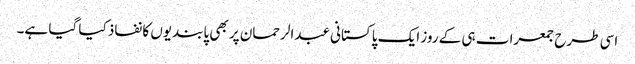
اسی طرح جمعرات ہی کے روز ایک پاکستانی عبدالرحمان پر بھی پابندیوں کا نفاذ کیا گیا ہے۔